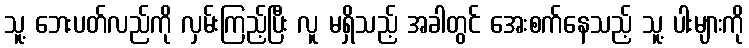
သူ့ ဘေးပတ်လည်ကို လှမ်းကြည့်ပြီး လူ မရှိသည့် အခါတွင် အေးစက်နေသည့် သူ့ ပါးများကို